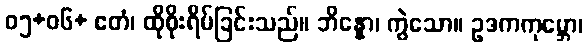
၀၅+၀၆+ ဧတံ၊ ထိုစိုးရိမ်ခြင်းသည်။ ဘိန္နော၊ ကွဲသော။ ဥဒကကုမ္ဘော၊